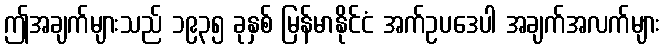
ဤအချက်များသည် ၁၉၃၅ ခုနှစ် မြန်မာနိုင်ငံ အက်ဥပဒေပါ အချက်အလက်များ